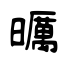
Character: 曞